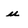
Character: u